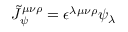
\tilde { J } _ { \psi } ^ { \mu \nu \rho } = \epsilon ^ { \lambda \mu \nu \rho } \psi _ { \lambda }